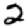
Digit: 2